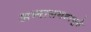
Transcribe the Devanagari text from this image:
अभ्यासगटापुढे